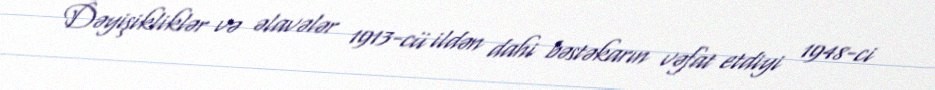
Dəyişikliklər və əlavələr 1913-cü ildən dahi bəstəkarın vəfat etdiyi 1948-ci